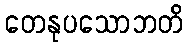
တေနုပသောဘတိ